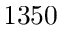
1 3 5 0